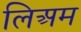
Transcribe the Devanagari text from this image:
लिअम